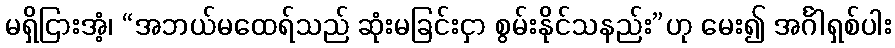
မရှိငြားအံ့၊ “အဘယ်မထေရ်သည် ဆုံးမခြင်းငှာ စွမ်းနိုင်သနည်း”ဟု မေး၍ အင်္ဂါရှစ်ပါး